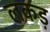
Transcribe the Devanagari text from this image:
लकड़